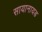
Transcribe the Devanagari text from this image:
सायानायड